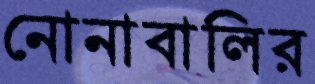
নোনাবালির